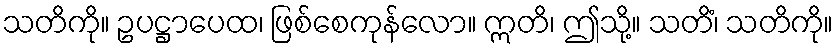
သတိကို။ ဥပဋ္ဌာပေထ၊ ဖြစ်စေကုန်လော။ ဣတိ၊ ဤသို့။ သတိံ၊ သတိကို။